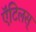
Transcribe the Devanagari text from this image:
ऍंटिलस्‌